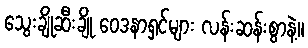
သွေးချိုဆီးချို ဝေဒနာရှင်များ လန်းဆန်းစွာနဲ့။